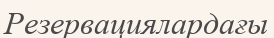
Резервациялардағы